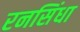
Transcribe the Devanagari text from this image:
रनसिंधा